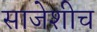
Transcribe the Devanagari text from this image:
साजेशीच